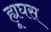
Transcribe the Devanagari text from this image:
ह्यूघस